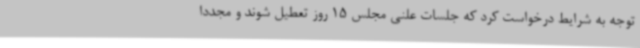
توجه به شرایط درخواست کرد که جلسات علنی مجلس 15 روز تعطیل شوند و مجددا